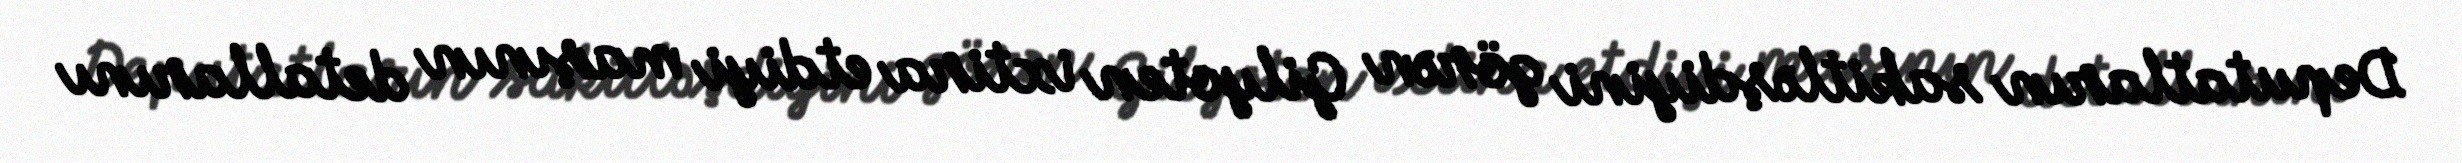
Deputatların sakitləşdiyini görən Gilyoten ixtira etdiyi maşının detallarını